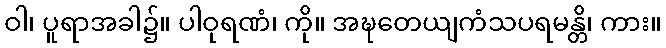
ဝါ၊ ပူရာအခါ၌။ ပါဝုရဏံ၊ ကို။ အဍ္ဎတေယျကံသပရမန္တိ၊ ကား။